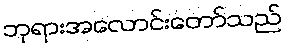
ဘုရားအလောင်းတော်သည်